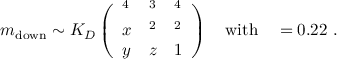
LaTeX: m _ { \mathrm { d o w n } } \sim K _ { D } \left( \begin{array} { l l l } { { \l ^ { 4 } } } & { { \l ^ { 3 } } } & { { \l ^ { 4 } } } \\ { { x } } & { { \l ^ { 2 } } } & { { \l ^ { 2 } } } \\ { { y } } & { { z } } & { { 1 } } \end{array} \right) \quad \mathrm { w i t h } \quad \l = 0 . 2 2 \ .